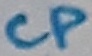
Text: CP